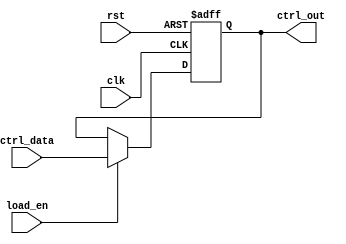
module control_register #(
    parameter N = 8  // Number of control signals (bits in the register)
)(
    input wire clk,            // Clock signal
    input wire rst,            // Asynchronous reset signal
    input wire [N-1:0] ctrl_data, // Parallel input bus for control signals
    input wire load_en,        // Load enable signal
    output reg [N-1:0] ctrl_out // Output bus reflecting current state of control register
);

// Asynchronous reset and loading data on clock edge
always @(posedge clk or posedge rst) begin
    if (rst) begin
        // Reset control register to default state (all bits 0)
        ctrl_out <= {N{1'b0}};
    end else if (load_en) begin
        // Load control data into register
        ctrl_out <= ctrl_data;
    end
    // Else hold the previous value
end

endmodule